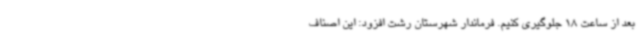
بعد از ساعت 18 جلوگیری کنیم. فرماندار شهرستان رشت افزود: این اصناف